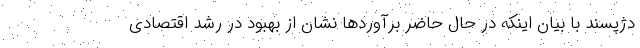
دژپسند با بیان اینکه در حال حاضر برآوردها نشان از بهبود در رشد اقتصادی